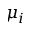
\mu _ { i }